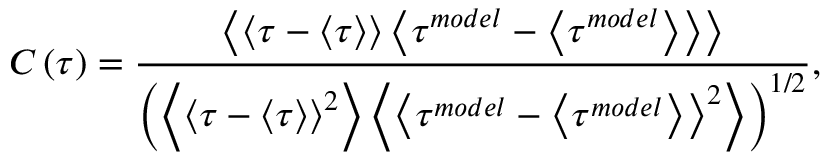
C \left( \tau \right) = \frac { \left\langle { \left\langle { \tau - \left\langle \tau \right\rangle } \right\rangle \left\langle { \tau ^ { m o d e l } - \left\langle \tau ^ { m o d e l } \right\rangle } \right\rangle } \right\rangle } { \left( { \left\langle \left\langle { \tau - \left\langle \tau \right\rangle } \right\rangle ^ { 2 } \right\rangle \left\langle \left\langle { \tau ^ { m o d e l } - \left\langle \tau ^ { m o d e l } \right\rangle } \right\rangle ^ { 2 } \right\rangle } \right) ^ { 1 / 2 } } ,